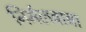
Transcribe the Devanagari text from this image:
निर्मलबाबा